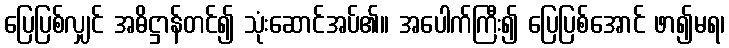
ပြေပြစ်လျှင် အဓိဋ္ဌာန်တင်၍ သုံးဆောင်အပ်၏။ အပေါက်ကြီး၍ ပြေပြစ်အောင် ဖာ၍မရ၊